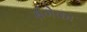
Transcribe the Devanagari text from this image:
संगेका